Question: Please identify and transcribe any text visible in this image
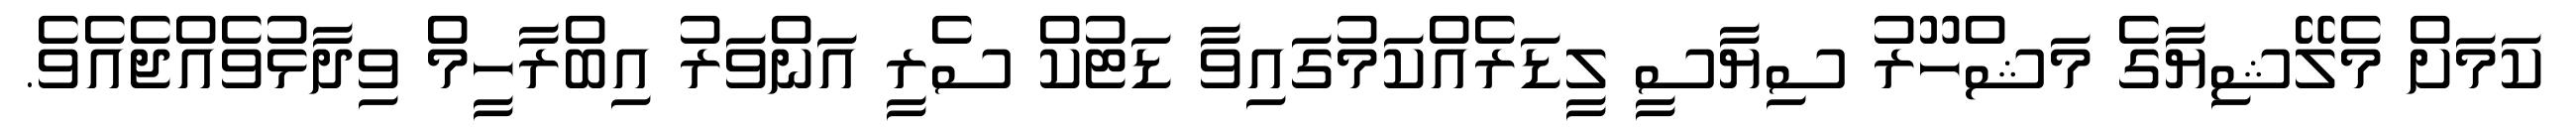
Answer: ކަމަށް މެލޭޝިޔާގެ މަޝްހޫރު ސިޔާސީ ލީޑަރެއްކަމުގައިވާ ޑަޓުކް ސެރީ އަންވަރު އިބްރާހީމް ވިދާޅުވެއްޖެއެވެ.